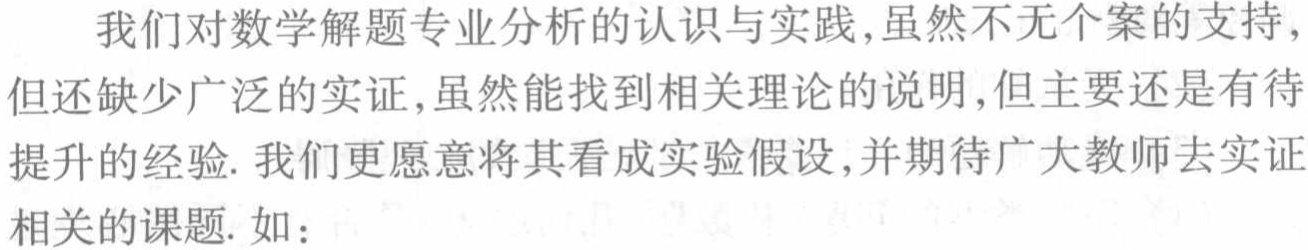
我们对数学解题专业分析的认识与实践,虽然不无个案的支持,但还缺少广泛的实证,虽然能找到相关理论的说明,但主要还是有待提升的经验. 我们更愿意将其看成实验假设,并期待广大教师去实证相关的课题. 如：